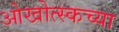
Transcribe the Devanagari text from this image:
ओखोत्स्कच्या